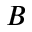
B